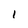
Character: l